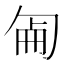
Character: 𠣠